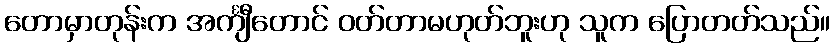
တောမှာတုန်းက အင်္ကျီတောင် ဝတ်တာမဟုတ်ဘူးဟု သူက ပြောတတ်သည်။